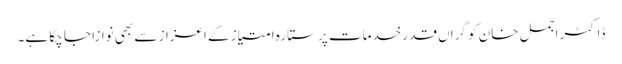
ڈاکٹر اجمل خان کو گراں قدر خدمات پر ستارہ امتیاز کے اعزاز سے بھی نوازا جا چکا ہے۔